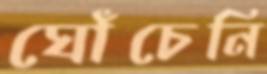
ঘোঁচেনি